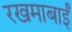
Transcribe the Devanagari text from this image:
रखमाबाईं